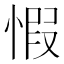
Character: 𢝄